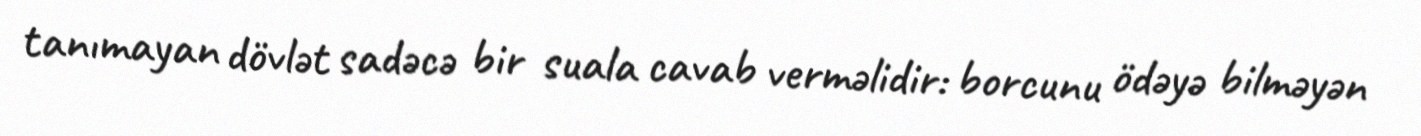
tanımayan dövlət sadəcə bir suala cavab verməlidir: borcunu ödəyə bilməyən